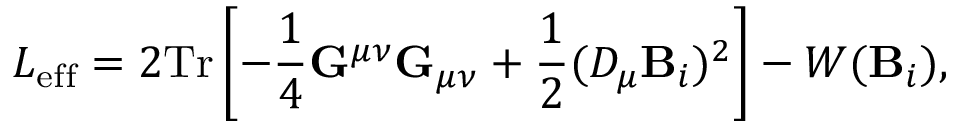
{ \cal L } _ { \mathrm { e f f } } = 2 \mathrm { T r } \left[ - { \frac { 1 } { 4 } } { \bf G } ^ { \mu \nu } { \bf G } _ { \mu \nu } + { \frac { 1 } { 2 } } ( { \cal { \cal D } } _ { \mu } { \bf B } _ { i } ) ^ { 2 } \right] - W ( { \bf B } _ { i } ) ,